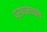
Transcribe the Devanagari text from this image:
प्राणमयकोष